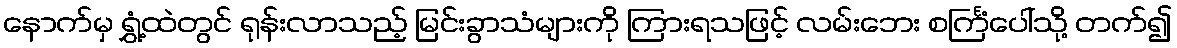
နောက်မှ ရွှံ့ထဲတွင် ရုန်းလာသည့် မြင်းခွာသံများကို ကြားရသဖြင့် လမ်းဘေး စင်္ကြံပေါ်သို့ တက်၍